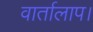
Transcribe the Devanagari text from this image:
वार्तालाप।